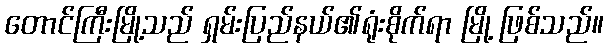
တောင်ကြီးမြို့သည် ရှမ်းပြည်နယ်၏ရုံးစိုက်ရာ မြို့ ဖြစ်သည်။